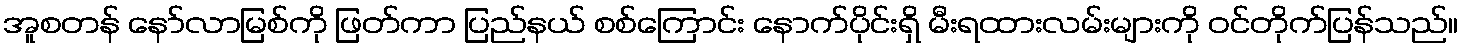
အူစတန် နော်လာမြစ်ကို ဖြတ်ကာ ပြည်နယ် စစ်ကြောင်း နောက်ပိုင်းရှိ မီးရထားလမ်းများကို ဝင်တိုက်ပြန်သည်။